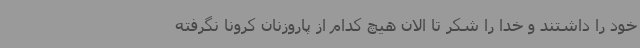
خود را داشتند و خدا را شکر تا الان هیچ کدام از پاروزنان کرونا نگرفته